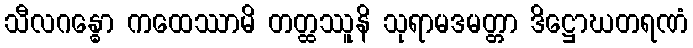
သီလဂန္ဓော ကထေဿာမိ တတ္ထဿူနိ သုရာမဒမတ္တာ ဒိဋ္ဌောဃတရဏံ